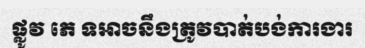
ផ្លូវ ភេ ទអាចនឹងត្រូវបាត់បង់ការងារ